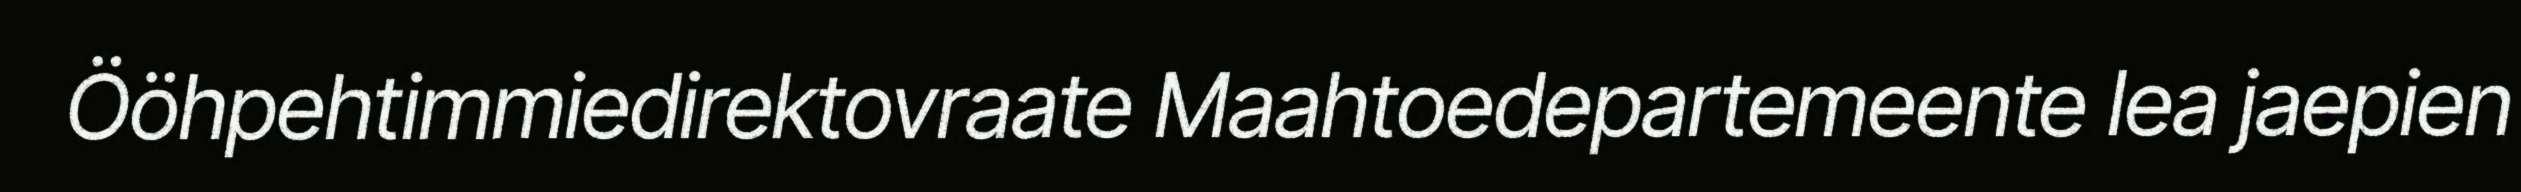
Ööhpehtimmiedirektovraate Maahtoedepartemeente lea jaepien